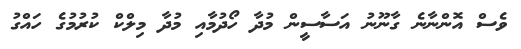
ވެސް އޮންނާނެ ގާނޫނު އަސާސީން މުދާ ހޯދުމާއި މުދާ މިލްކް ކުރުމުގެ ހައްގު